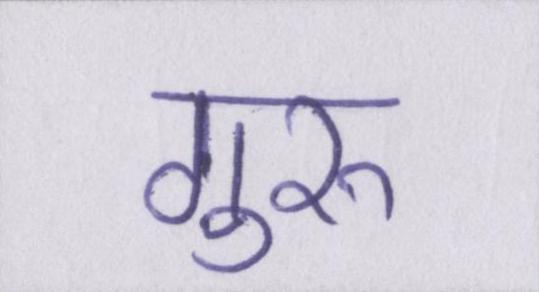
गुरुॱ